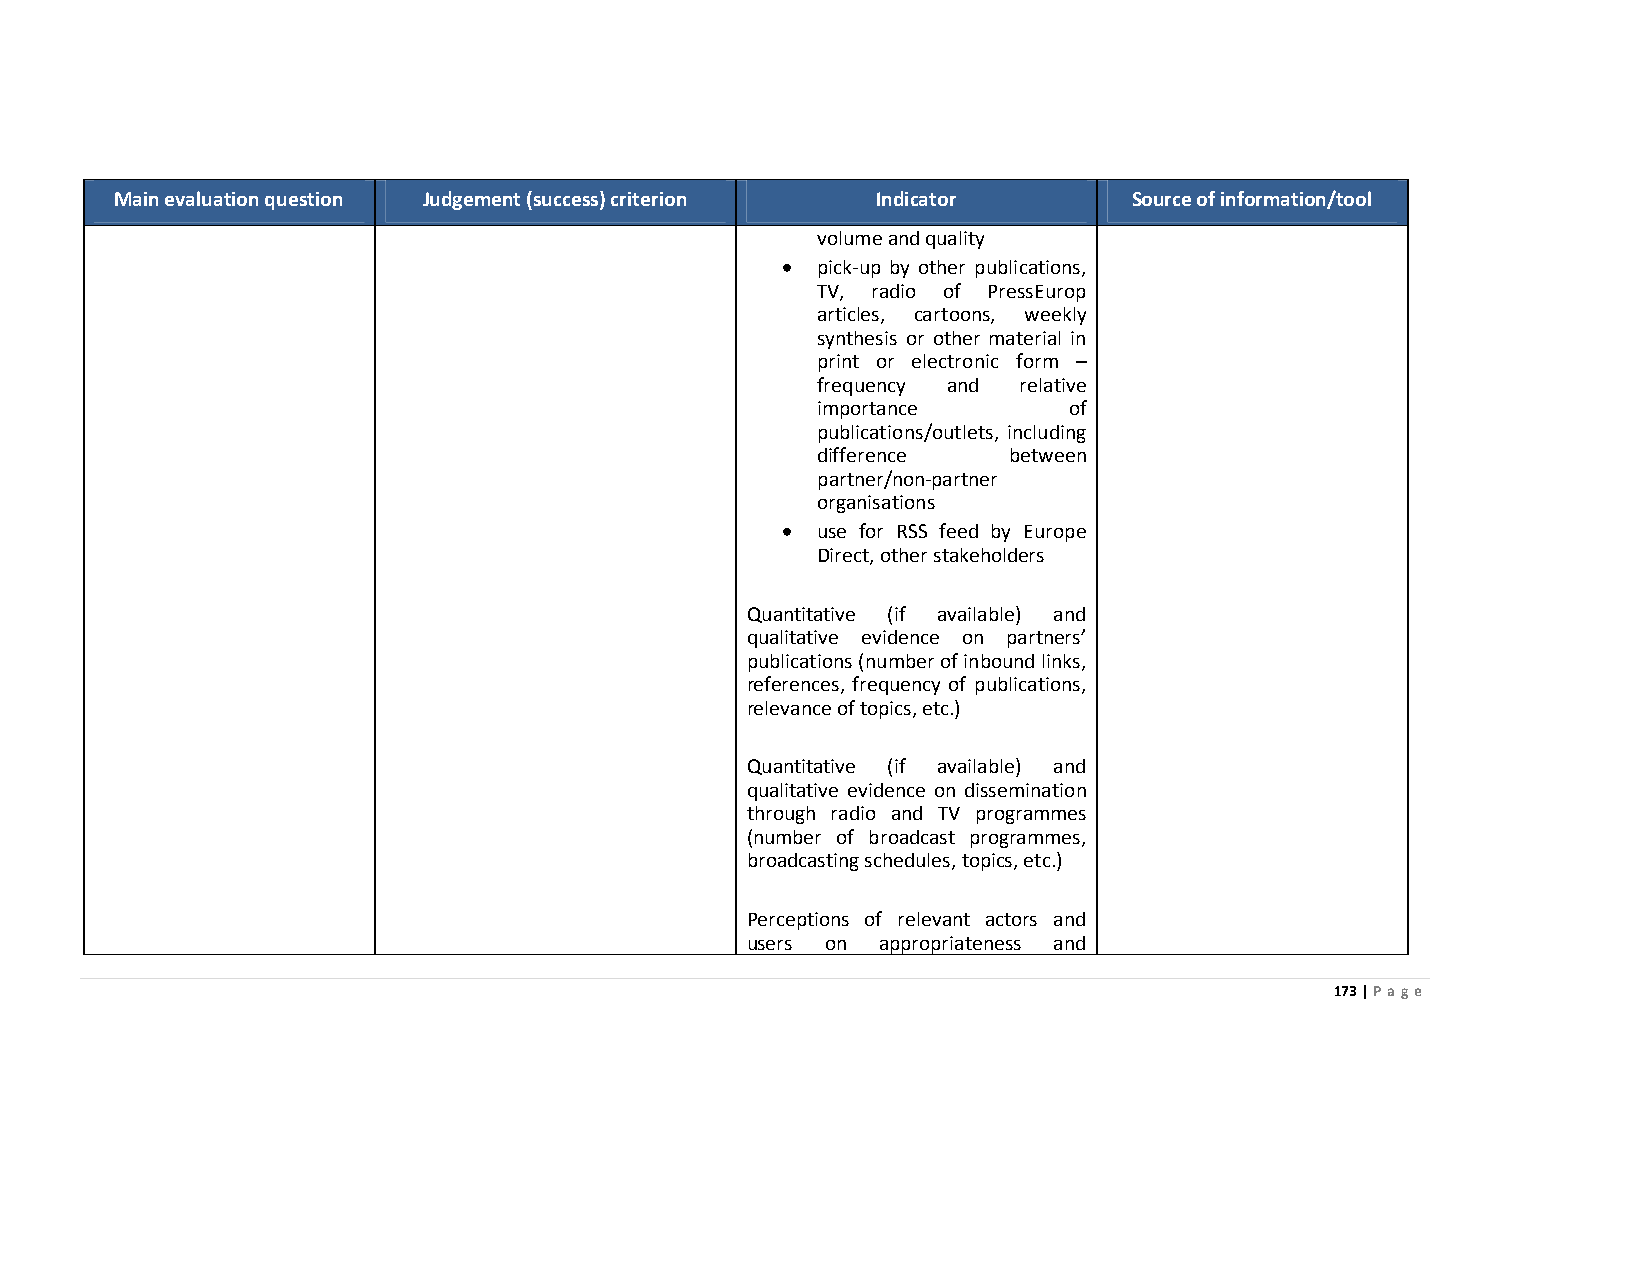
Main evaluation question Judgement (success) criterion Indicator   Source of information/tool
 volume and quality
 • pick-up by other publications,
 TV, radio of PressEurop
 articles, cartoons, weekly
 synthesis or other material in
 print or electronic form –
 frequency and relative
 importance       of
 publications/outlets, including
 difference   between
 partner/non-partner
 organisations
 • use for RSS feed by Europe
 Direct, other stakeholders
 Quantitative (if available) and
 qualitative evidence on partners’
 publications (number of inbound links,
 references, frequency of publications,
 relevance of topics, etc.)
 Quantitative (if available) and
 qualitative evidence on dissemination
 through radio and TV programmes
 (number of broadcast programmes,
 broadcasting schedules, topics, etc.)
 Perceptions of relevant actors and
 users on appropriateness and
 173 | Page